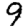
Digit: 9